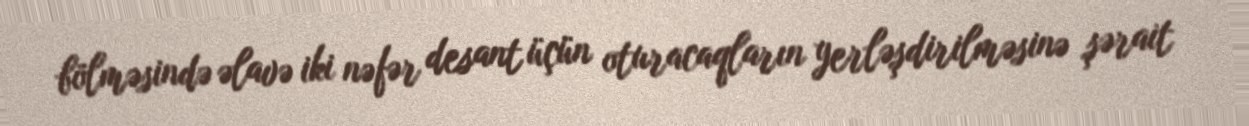
bölməsində əlavə iki nəfər desant üçün oturacaqların yerləşdirilməsinə şərait